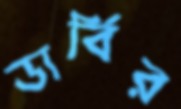
ডার্বির